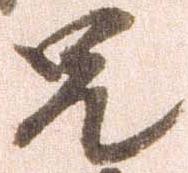
兄